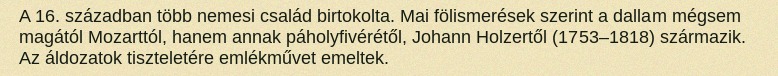
A 16. században több nemesi család birtokolta. Mai fölismerések szerint a dallam mégsem magától Mozarttól, hanem annak páholyfivérétől, Johann Holzertől (1753–1818) származik. Az áldozatok tiszteletére emlékművet emeltek.